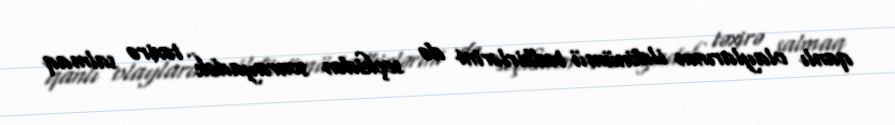
qanlı olaylarının ildönümü tədbirlərini də seçkidən sonrayadək təxirə salmaq